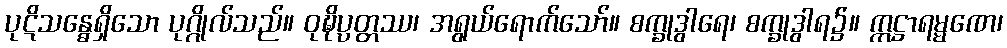
ပုဋိသန္ဓေရှိသော ပုဂ္ဂိုလ်သည်။ ဝုဍ္ဎိပ္ပတ္တဿ၊ အရွယ်ရောက်သော်။ စက္ခုဒွါရေ၊ စက္ခုဒွါရ၌။ ဣဋ္ဌာရမ္မဏေ၊